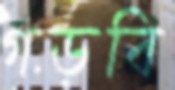
গড়বি